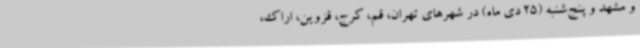
و مشهد و پنج‌شنبه (25 دی ماه) در شهرهای تهران، قم، کرج، قزوین، اراک،